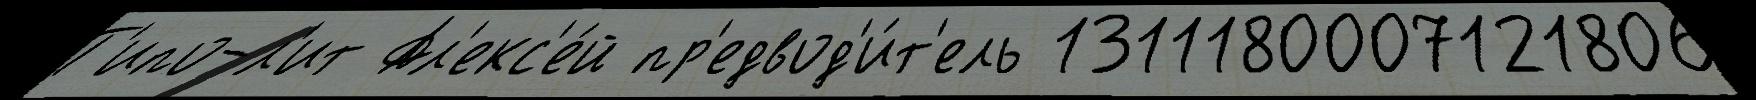
Т'ипо-л'ит Ал'екс'е́й пр'едвод'и́т'ель 1311180007121806